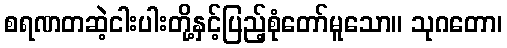
စရဏတဆဲ့ငါးပါးတို့နှင့်ပြည့်စုံတော်မူသော။ သုဂတော၊